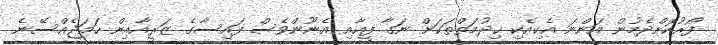
ފޯރުކޮށްދެމުން އަންނަ އެކިއެކި ޚިދުމަތްތަކަށް ނަގާ ފީއާއި އެނޫންވެސް ފައިސާގެ ޒަރީއާއިން ހަމަޖެއްސޭނެ